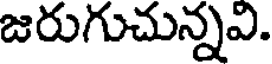
జరుగుచున్నవి.